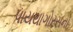
પાયથાગોરસનો